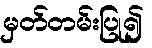
မှတ်တမ်းပြု၍